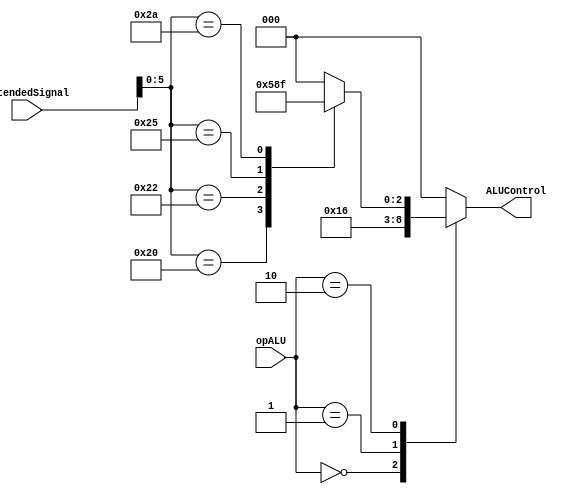
module ALUController (
  input wire [1:0] opALU,
  input wire [31:0] extendedSignal,           // Campo do funct da instruo
  output reg [2:0] ALUControl      // Sinal de controle da ALU
);
  reg [5:0] funct;
 
  always @ (extendedSignal) begin
	funct = extendedSignal[5:0];
  end
  
  always @ (opALU) begin
    case (opALU)
      2'b00: ALUControl = 3'b010;   // lw/ sw
      2'b01: ALUControl = 3'b110;   // beq
      2'b10:  // Tipo R  
			case (funct)
				6'b100000: ALUControl = 3'b010; // add
				6'b100010: ALUControl = 3'b110; // sub
				6'b100100: ALUControl = 3'b000; // and
				6'b100101: ALUControl = 3'b001; // or
				6'b101010: ALUControl = 3'b111; // slt
				default: ALUControl = 3'b000;
			 endcase
      default: ALUControl = 3'b000; 
    endcase
  end

endmodule